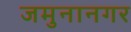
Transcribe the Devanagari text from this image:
जमुनानगर